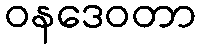
ဝနဒေဝတာ